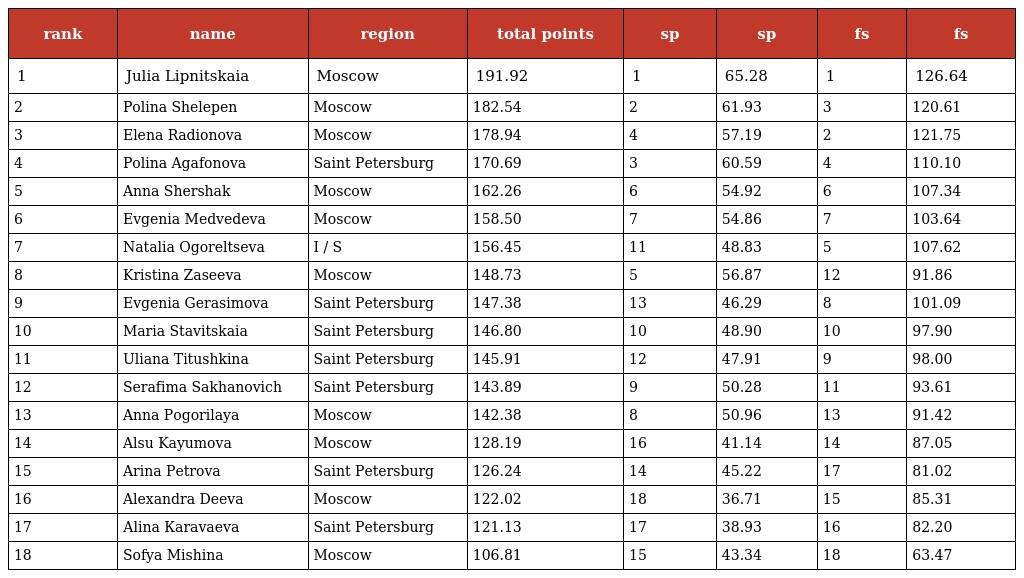
| rank | name | region | total points | sp | sp | fs | fs |
 | --- | --- | --- | --- | --- | --- | --- | --- |
 | 1 | Julia Lipnitskaia | Moscow | 191.92 | 1 | 65.28 | 1 | 126.64 |
 | 2 | Polina Shelepen | Moscow | 182.54 | 2 | 61.93 | 3 | 120.61 |
 | 3 | Elena Radionova | Moscow | 178.94 | 4 | 57.19 | 2 | 121.75 |
 | 4 | Polina Agafonova | Saint Petersburg | 170.69 | 3 | 60.59 | 4 | 110.10 |
 | 5 | Anna Shershak | Moscow | 162.26 | 6 | 54.92 | 6 | 107.34 |
 | 6 | Evgenia Medvedeva | Moscow | 158.50 | 7 | 54.86 | 7 | 103.64 |
 | 7 | Natalia Ogoreltseva | I / S | 156.45 | 11 | 48.83 | 5 | 107.62 |
 | 8 | Kristina Zaseeva | Moscow | 148.73 | 5 | 56.87 | 12 | 91.86 |
 | 9 | Evgenia Gerasimova | Saint Petersburg | 147.38 | 13 | 46.29 | 8 | 101.09 |
 | 10 | Maria Stavitskaia | Saint Petersburg | 146.80 | 10 | 48.90 | 10 | 97.90 |
 | 11 | Uliana Titushkina | Saint Petersburg | 145.91 | 12 | 47.91 | 9 | 98.00 |
 | 12 | Serafima Sakhanovich | Saint Petersburg | 143.89 | 9 | 50.28 | 11 | 93.61 |
 | 13 | Anna Pogorilaya | Moscow | 142.38 | 8 | 50.96 | 13 | 91.42 |
 | 14 | Alsu Kayumova | Moscow | 128.19 | 16 | 41.14 | 14 | 87.05 |
 | 15 | Arina Petrova | Saint Petersburg | 126.24 | 14 | 45.22 | 17 | 81.02 |
 | 16 | Alexandra Deeva | Moscow | 122.02 | 18 | 36.71 | 15 | 85.31 |
 | 17 | Аlina Кaravaeva | Saint Petersburg | 121.13 | 17 | 38.93 | 16 | 82.20 |
 | 18 | Sofya Mishina | Moscow | 106.81 | 15 | 43.34 | 18 | 63.47 |